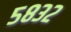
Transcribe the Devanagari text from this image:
५८३२